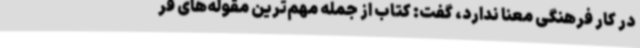
در کار فرهنگی معنا ندارد، گفت: کتاب از جمله مهم‌ترین مقوله‌های فر